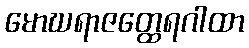
မောဃရာဇတ္ထေရဂါထာ